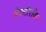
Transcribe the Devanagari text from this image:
बैक्टीरयिम